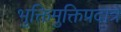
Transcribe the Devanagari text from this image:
भुक्तिमुक्तिप्रदात्रे